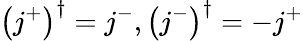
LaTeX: \left(j^{+}\right)^{\dagger}=j^{-},\left(j^{-}\right)^{\dagger}=-j^{+}